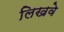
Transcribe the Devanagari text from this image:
लिखवे